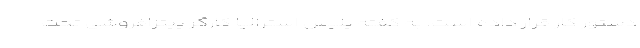
دستور کار قرار داده است. به گفته پلیس استرالیا کارگر پیتزافروشی تحت